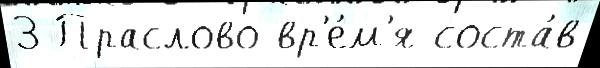
3 Праслово вр'е́м'я соста́в